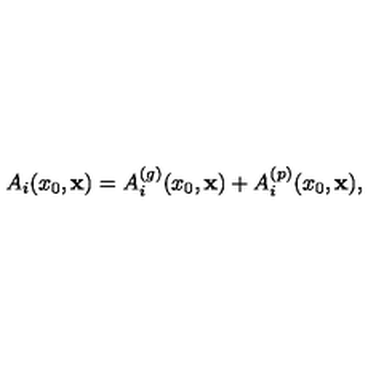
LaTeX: A _ { i } ( x _ { 0 } , { \bf x } ) = A _ { i } ^ { ( g ) } ( x _ { 0 } , { \bf x } ) + A _ { i } ^ { ( p ) } ( x _ { 0 } , { \bf x } ) ,